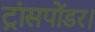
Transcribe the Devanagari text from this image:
ट्रांसपोंडर।